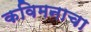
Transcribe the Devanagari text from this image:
कविमनाचा